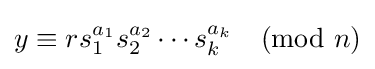
y\equiv rs_{1}^{a_{1}}s_{2}^{a_{2}}\cdots s_{k}^{a_{k}}{\pmod {n}}